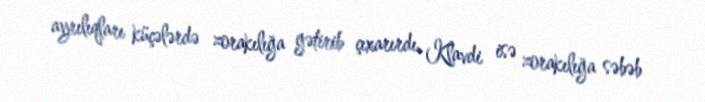
ayrılıqları küçələrdə zorakılığa gətirib çıxarırdı, Klavdi isə zorakılığa səbəb